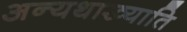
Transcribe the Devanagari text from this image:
अन्यथाख्याति